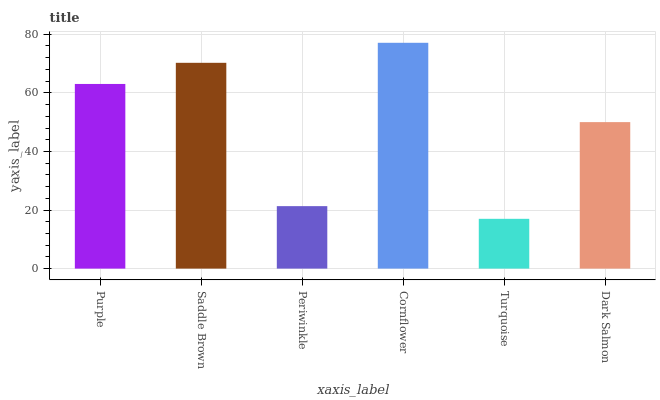
| xaxis_label | bars |
 | --- | --- |
 | Purple | 63 |
 | Saddle Brown | 70.3 |
 | Periwinkle | 21.3 |
 | Cornflower | 77.1 |
 | Turquoise | 17 |
 | Dark Salmon | 50 |